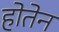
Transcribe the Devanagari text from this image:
होतेन